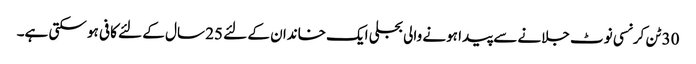
30 ٹن کرنسی نوٹ جلانے سے پیدا ہونے والی بجلی ایک خاندان کے لئے 25 سال کے لئے کافی ہو سکتی ہے۔